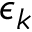
\epsilon _ { k }